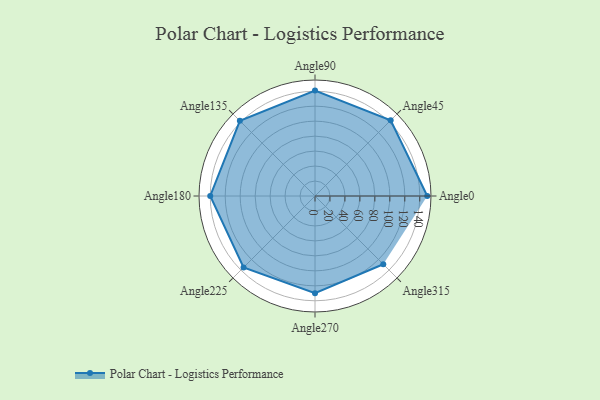
{"axis": {"x": "Angle", "y": "Radius"}, "legend": [""], "data": [{"x": "Angle0", "y": 150.0, "type": ""}, {"x": "Angle45", "y": 143.0, "type": ""}, {"x": "Angle90", "y": 141.0, "type": ""}, {"x": "Angle135", "y": 142.0, "type": ""}, {"x": "Angle180", "y": 140.0, "type": ""}, {"x": "Angle225", "y": 135.0, "type": ""}, {"x": "Angle270", "y": 130.0, "type": ""}, {"x": "Angle315", "y": 129.0, "type": ""}]}